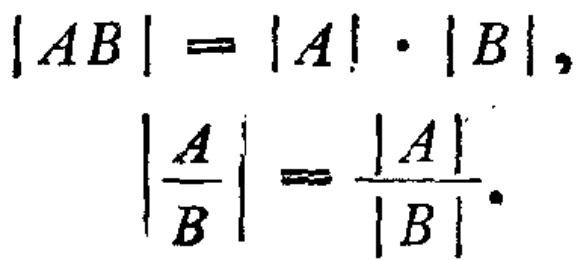
\[
|AB| = |A|\cdot|B|, \\
\left|\frac{A}{B}\right| = \frac{|A|}{|B|}.
\]